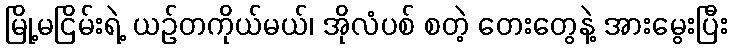
မြို့မငြိမ်းရဲ့ ယဉ်တကိုယ်မယ်၊ အိုလံပစ် စတဲ့ တေးတွေနဲ့ အားမွေးပြီး